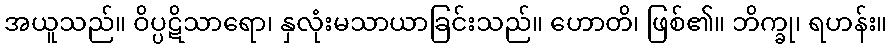
အယူသည်။ ဝိပ္ပဋိသာရော၊ နှလုံးမသာယာခြင်းသည်။ ဟောတိ၊ ဖြစ်၏။ ဘိက္ခု၊ ရဟန်း။